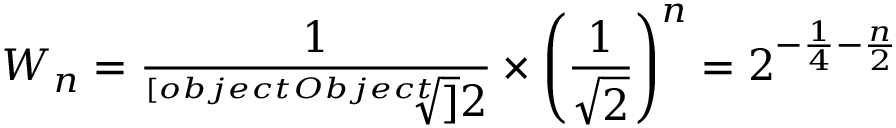
W _ { n } = { \frac { 1 } { \sqrt [ [object Object] ] { 2 } } } \times \left( { \frac { 1 } { \sqrt { 2 } } } \right) ^ { n } = 2 ^ { - { \frac { 1 } { 4 } } - { \frac { n } { 2 } } }